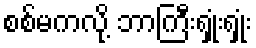
စစ်မကလို့ ဘာကြီးရှုံးရှုံး